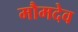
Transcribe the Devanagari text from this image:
मौमदेव